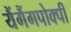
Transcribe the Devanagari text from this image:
यैंगैंगपोक्पी